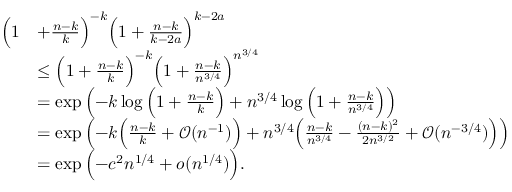
\begin{array} { r l } { \Big ( 1 } & { + \frac { n - k } { k } \Big ) ^ { - k } \Big ( 1 + \frac { n - k } { k - 2 a } \Big ) ^ { k - 2 a } } \\ & { \leq \Big ( 1 + \frac { n - k } { k } \Big ) ^ { - k } \Big ( 1 + \frac { n - k } { n ^ { 3 / 4 } } \Big ) ^ { n ^ { 3 / 4 } } } \\ & { = \exp \Big ( { - k } \log \Big ( 1 + \frac { n - k } { k } \Big ) + n ^ { 3 / 4 } \log \Big ( 1 + \frac { n - k } { n ^ { 3 / 4 } } \Big ) \Big ) } \\ & { = \exp \Big ( { - k } \Big ( \frac { n - k } { k } + \mathcal { O } ( n ^ { - 1 } ) \Big ) + n ^ { 3 / 4 } \Big ( \frac { n - k } { n ^ { 3 / 4 } } - \frac { ( n - k ) ^ { 2 } } { 2 n ^ { 3 / 2 } } + \mathcal { O } ( n ^ { - 3 / 4 } ) \Big ) \Big ) } \\ & { = \exp \Big ( { - c ^ { 2 } } n ^ { 1 / 4 } + o ( n ^ { 1 / 4 } ) \Big ) . } \end{array}